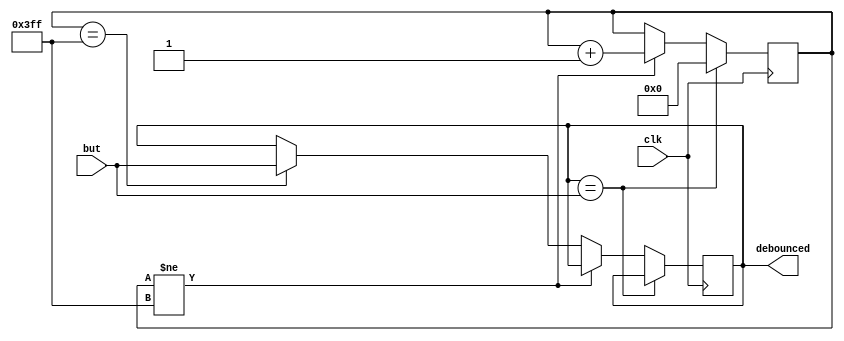
module debounce(input clk, but, output reg debounced);
	reg [9:0] debTimer;
	always @(posedge clk) begin
		if (debounced == but)
			debTimer <= 0;
		else if (debTimer != -10'b1)
			debTimer <= debTimer+1;
		else if (debTimer == -10'b1)
			debounced <= but;
	end
endmodule